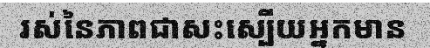
រស់នៃភាពជាសះស្បើយអ្នកមាន